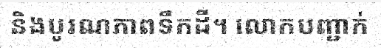
និងបូរណភាពទឹកដី។ លោកបញ្ជាក់